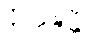
နိက္ကဍ္ဎန္တီ